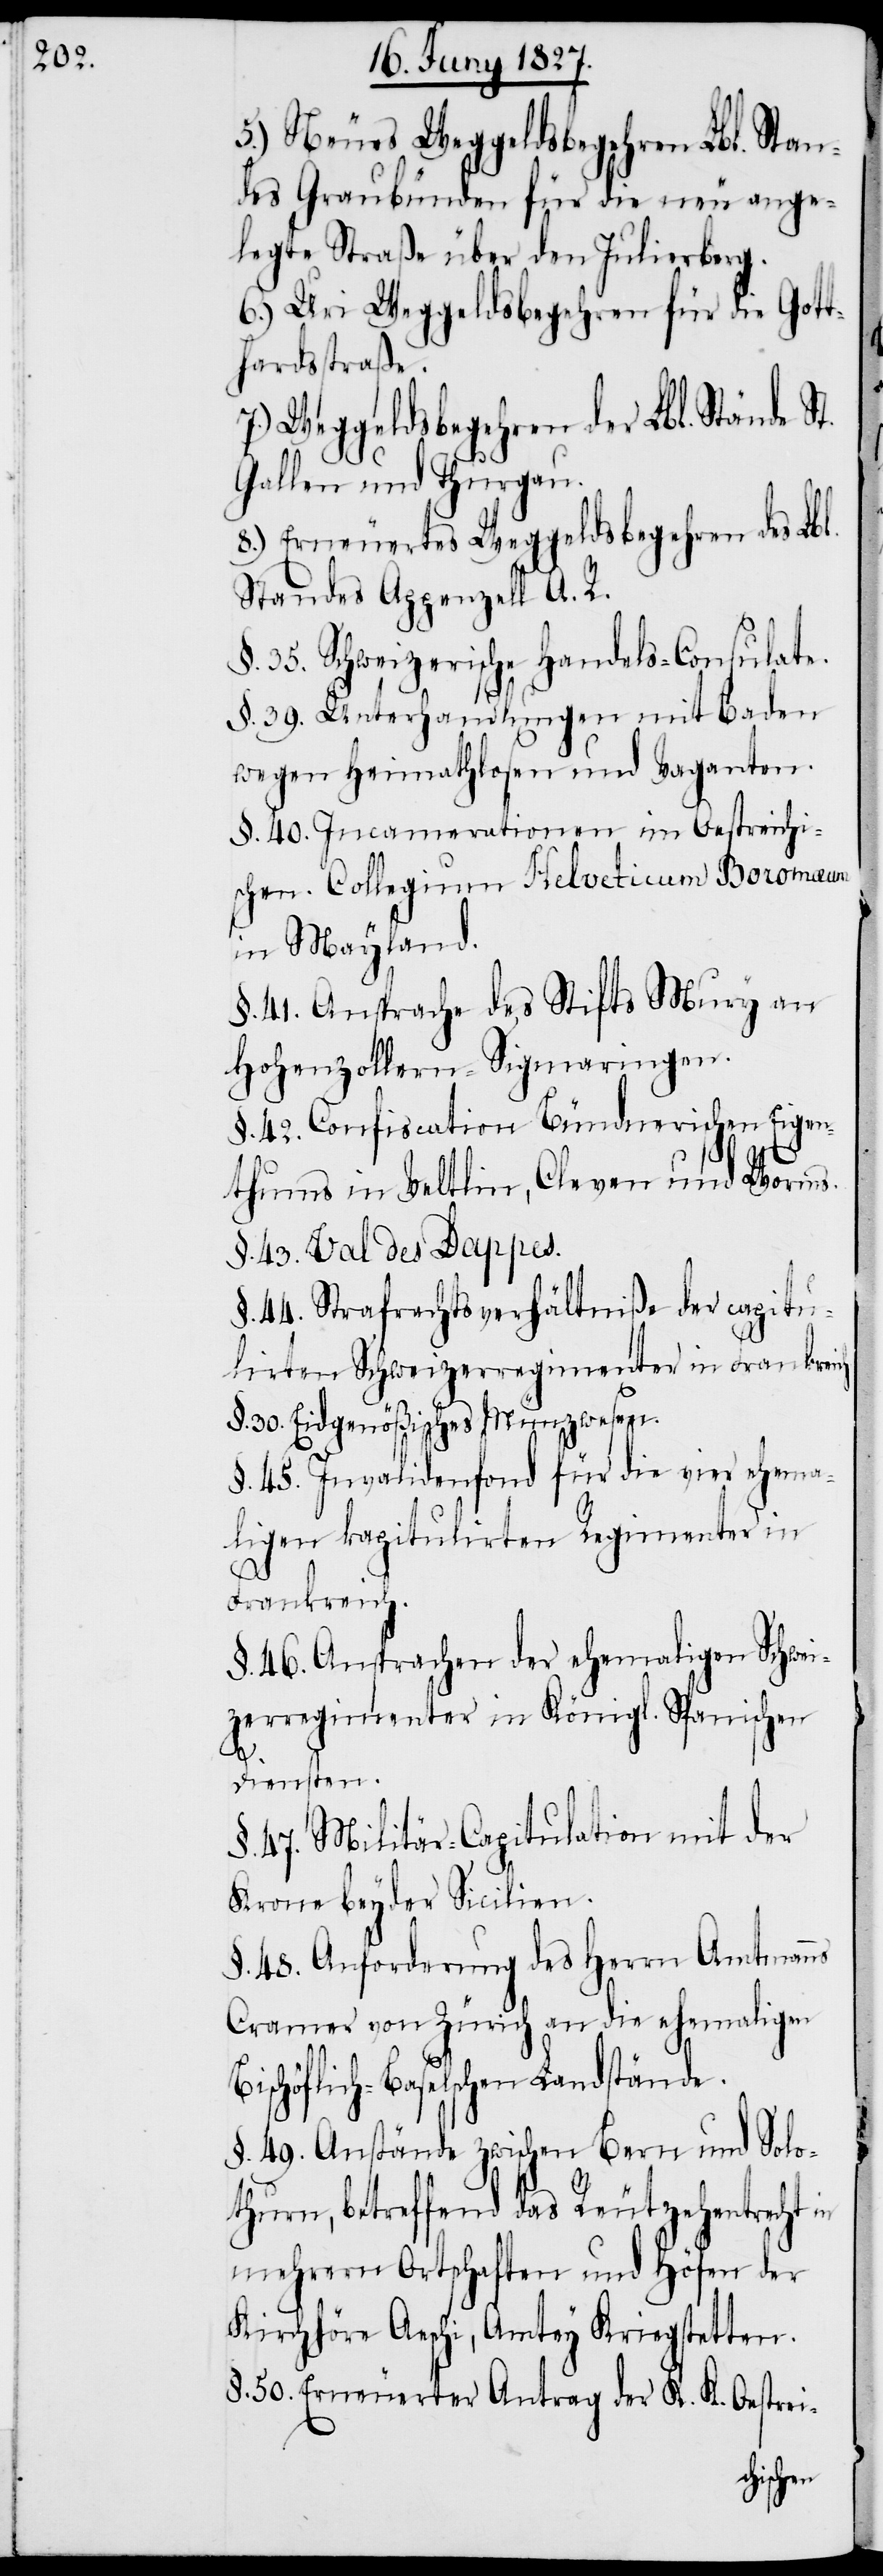
5.) Neues Weggeldsbegehren Lbl. Stan¬
des Graubünden für die neu ange¬
legte Straße über den Julierberg.
6.) Uri Weggeldsbegehren für die Gott¬
hardstraße.
7.) Weggeldsbegehren der Lbl. Stände St.
Gallen und Thurgau.
8.) Erneuertes Weggeldsbegehren des Lbl.
Standes Appenzell A. R.
§. 35. Schweizerische Handels-Consulate.
§. 39. Unterhandlungen mit Baden
wegen Heimathlosen und Vaganten.
§. 40. Incamerationen im Oestreichi¬
schen. Collegium Helvetium Boromaeum
in Mayland.
§. 41. Ansprache des Stifts Mury an
Hohenzollern-Sigmaringen.
§. 42. Confiscation Bündnerischen Eigen¬
thums in Veltlin, Cleven und Worms.
§. 43. Val des Dappes.
§. 44. Strafrechtsverhältniße der capitu¬
lirten Schweizerregimenter in Frankrei¬
§. 30. Eidgenößisches Münzwesen.
§. 45. Invalidenfond für die vier ehema¬
ligen kapitulirten Regimenter in
Frankreich.
§. 46. Ansprachen der ehemaligen Schwei¬
zerregimenter in Königl. Spanischen
ch.
Diensten.
§. 47. Militär-Capitulation mit der
Krone beyder Sicilien.
§. 48. Anforderung des Herrn Amtmanns
Cramer von Zürich an die ehemalige
Bischöflich-Baselschen Landstände.
§. 49. Anstände zwischen Bern und Solo¬
thurn, betreffend das Reutzehentrecht in
mehrern Ortschaften und Höfen der
Kirchhöre Aeschi, Amtey Kriegstetten.
§. 50. Erneuerter Antrag der K. K. Oestrei-